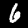
Label: 6